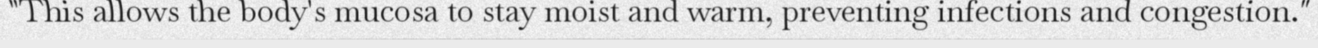
"This allows the body's mucosa to stay moist and warm, preventing infections and congestion."